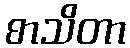
စာသိတာ